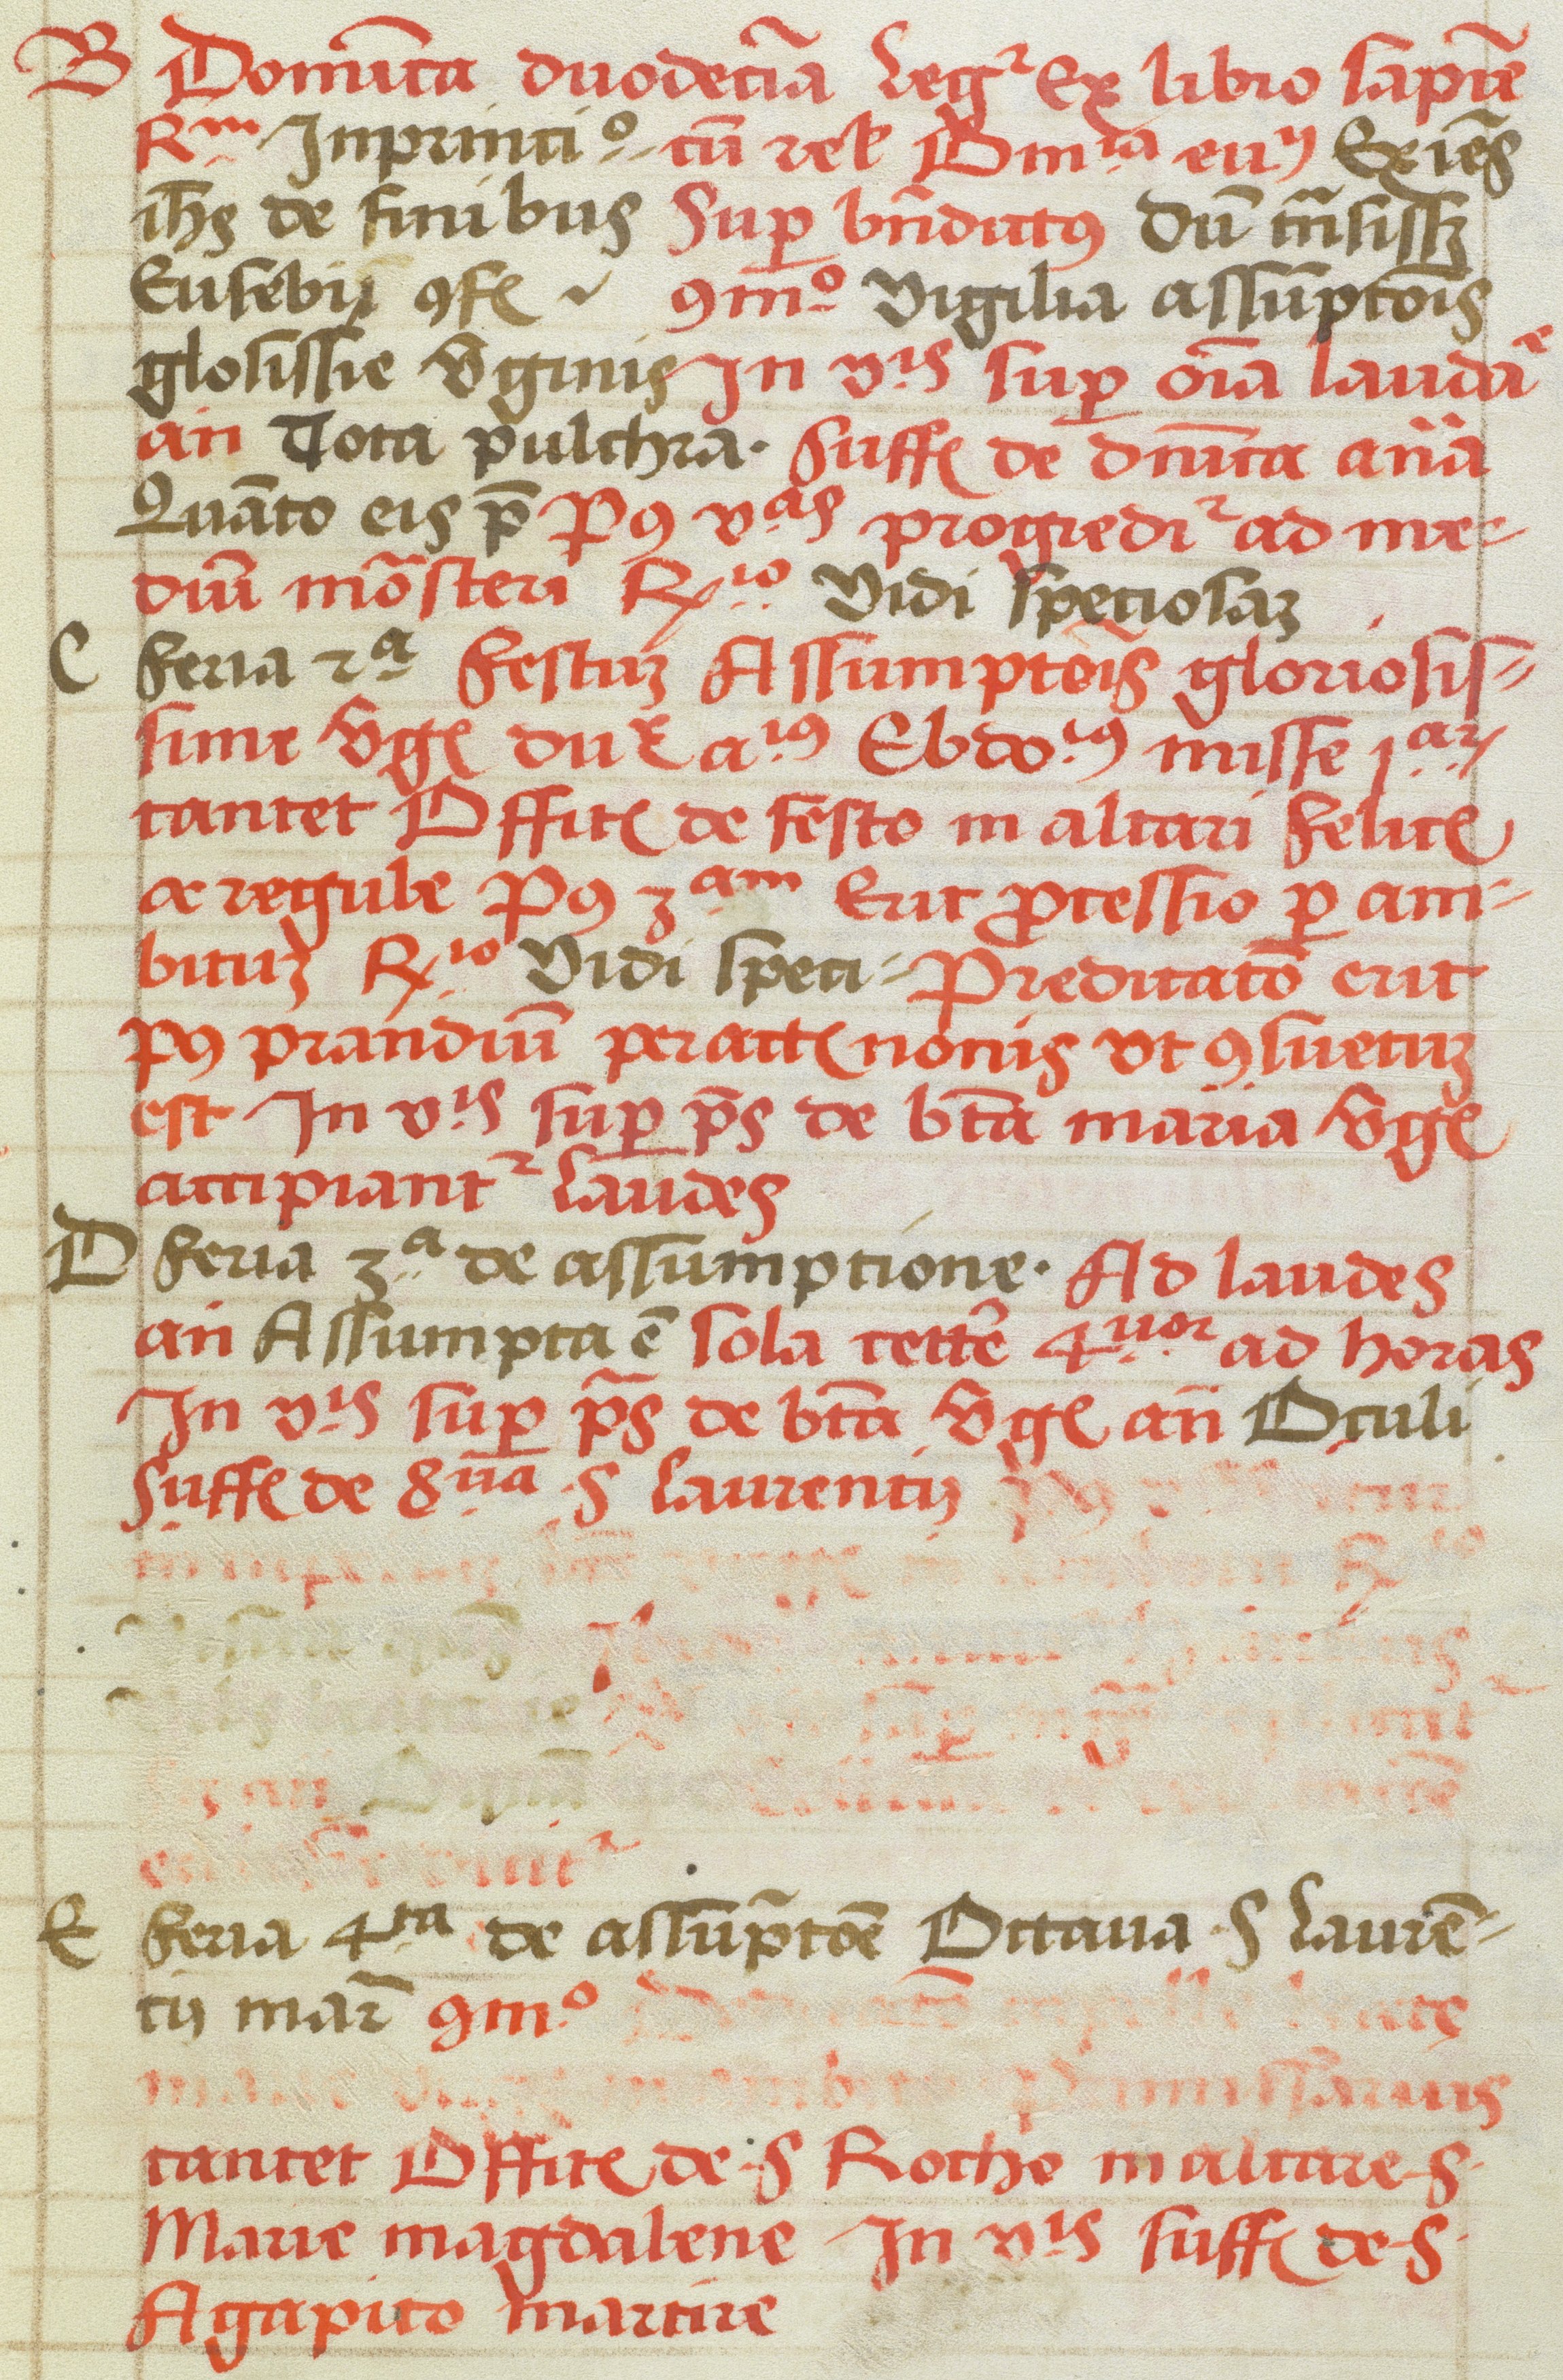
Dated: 1505–1535